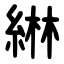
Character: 綝